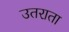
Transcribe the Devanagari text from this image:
उतराता